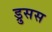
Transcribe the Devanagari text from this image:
ड्रुसस